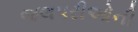
જલપરીઓની